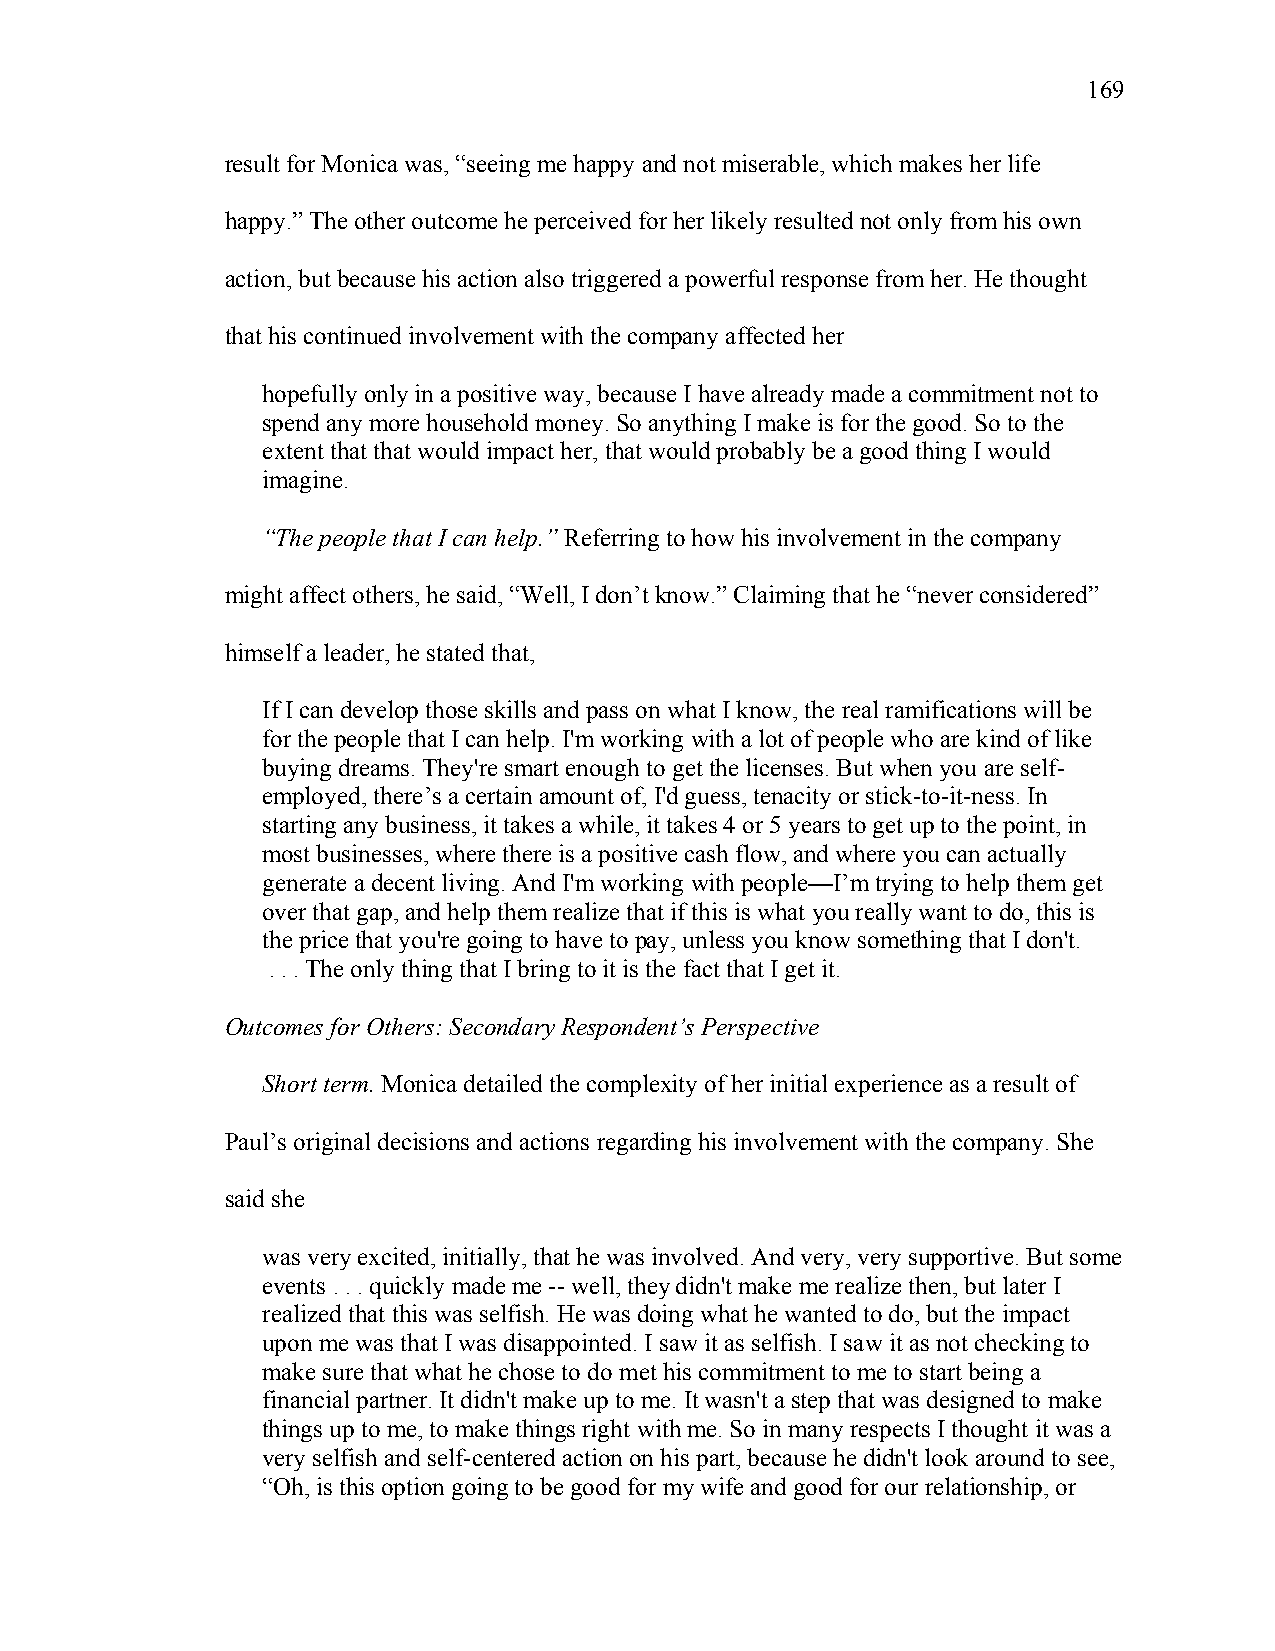
169
 result for Monica was, “seeing me happy and not miserable, which makes her life
 happy.” The other outcome he perceived for her likely resulted not only from his own
 action, but because his action also triggered a powerful response from her. He thought
 that his continued involvement with the company affected her
 hopefully only in a positive way, because I have already made a commitment not to
 spend any more household money. So anything I make is for the good. So to the
 extent that that would impact her, that would probably be a good thing I would
 imagine.
 “The people that I can help.” Referring to how his involvement in the company
 might affect others, he said, “Well, I don’t know.” Claiming that he “never considered”
 himself a leader, he stated that,
 If I can develop those skills and pass on what I know, the real ramifications will be
 for the people that I can help. I'm working with a lot of people who are kind of like
 buying dreams. They're smart enough to get the licenses. But when you are self-
 employed, there’s a certain amount of, I'd guess, tenacity or stick-to-it-ness. In
 starting any business, it takes a while, it takes 4 or 5 years to get up to the point, in
 most businesses, where there is a positive cash flow, and where you can actually
 generate a decent living. And I'm working with people—I’m trying to help them get
 over that gap, and help them realize that if this is what you really want to do, this is
 the price that you're going to have to pay, unless you know something that I don't.
 . . . The only thing that I bring to it is the fact that I get it.
 Outcomes for Others: Secondary Respondent’s Perspective
 Short term. Monica detailed the complexity of her initial experience as a result of
 Paul’s original decisions and actions regarding his involvement with the company. She
 said she
 was very excited, initially, that he was involved. And very, very supportive. But some
 events . . . quickly made me -- well, they didn't make me realize then, but later I
 realized that this was selfish. He was doing what he wanted to do, but the impact
 upon me was that I was disappointed. I saw it as selfish. I saw it as not checking to
 make sure that what he chose to do met his commitment to me to start being a
 financial partner. It didn't make up to me. It wasn't a step that was designed to make
 things up to me, to make things right with me. So in many respects I thought it was a
 very selfish and self-centered action on his part, because he didn't look around to see,
 “Oh, is this option going to be good for my wife and good for our relationship, or